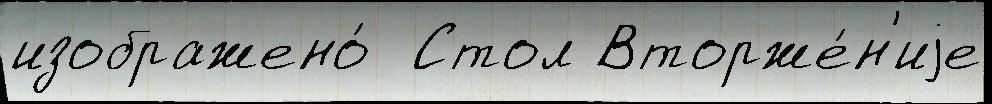
изображено́  Стол Вторже́н'иjе